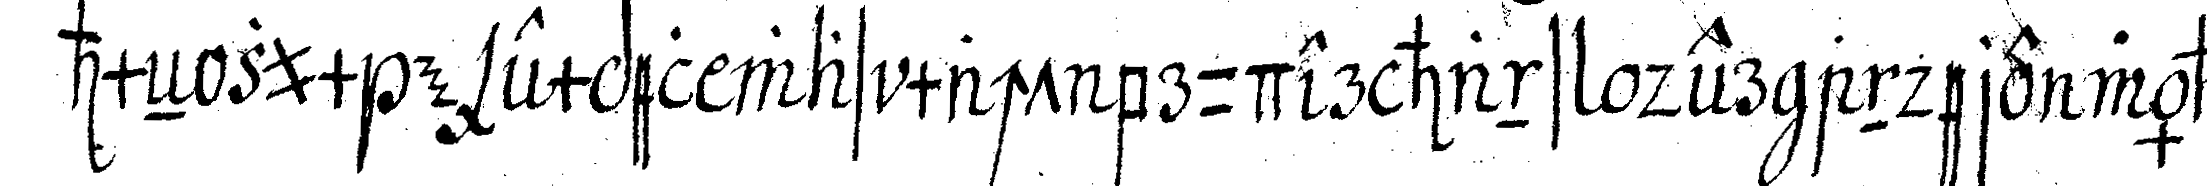
hmeN zum exempel was macht bruder hans der andere wählt